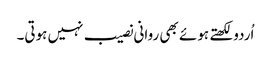
اُردو لکھتے ہوئے بھی روانی نصیب نہیں ہوتی۔